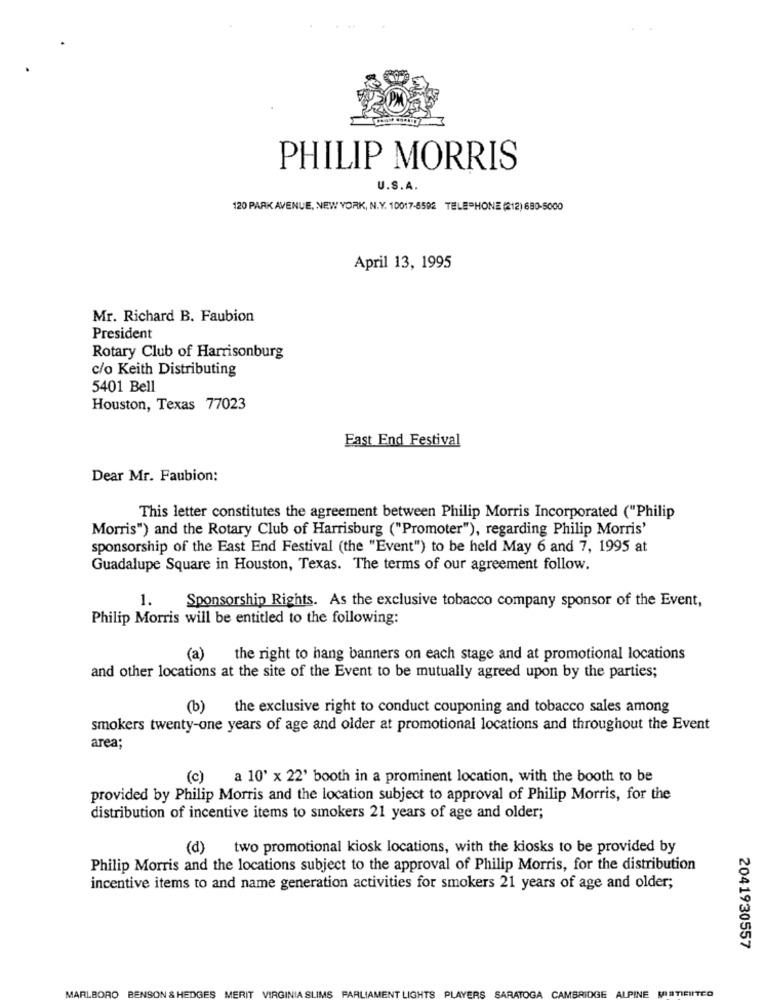
PHILIP MORRIS
U.S. A.
120 PARK AVENUE, NEW YORK, N.Y. 10017-8592 TELEPHONE (212) 680-5000
April 13, 1995
Mr. Richard B. Faubion
President
Rotary Club of Harrisonburg
c/o Keith Distributing
5401 Bell
Houston, Texas 77023
East End Festival
Dear Mr. Faubion:
This letter constitutes the agreement between Philip Morris Incorporated ("Philip
Morris") and the Rotary Club of Harrisburg ("Promoter"), regarding Philip Morris'
sponsorship of the East End Festival (the "Event") to be held May 6 and 7, 1995 at
Guadalupe Square in Houston, Texas. The terms of our agreement follow.
1. Sponsorship Rights. As the exclusive tobacco company sponsor of the Event,
Philip Morris will be entitled to the following:
(a) the right to hang banners on each stage and at promotional locations
and other locations at the site of the Event to be mutually agreed upon by the parties;
(b)
the exclusive right to conduct couponing and tobacco sales among
smokers twenty-one years of age and older at promotional locations and throughout the Event
area;
(c) a 10' x 22' booth in a prominent location, with the booth to be
provided by Philip Morris and the location subject to approval of Philip Morris, for the
distribution of incentive items to smokers 21 years of age and older;
(d) two promotional kiosk locations, with the kiosks to be provided by
Philip Morris and the locations subject to the approval of Philip Morris, for the distribution
incentive items to and name generation activities for smokers 21 years of age and older;
2041930557
MARLBORO BENSON & HEDGES
ERIT
VIRGINIA SLIMS PARI
ENT LIGHTS PLAYERS
SARATOGA CAMBRIDGE
PINE
STICIITCO